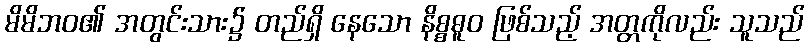
မိမိဘဝ၏ အတွင်းသား၌ တည်ရှိ နေသော နိစ္စဓူဝ ဖြစ်သည့် အတ္တကိုလည်း သူသည်